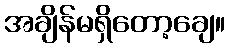
အချိန်မရှိတော့ချေ။